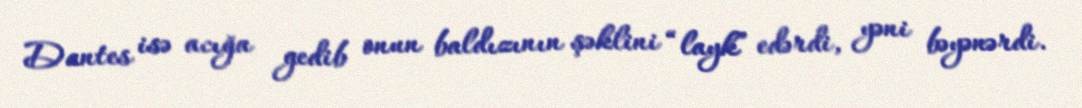
Dantes isə acığa gedib onun baldızının şəklini “layk” edərdi, yəni bəyənərdi.